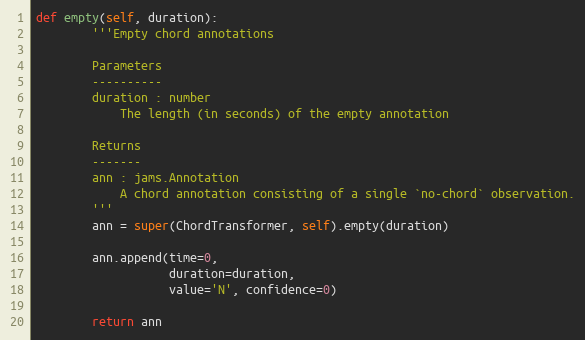
Language: Python
def empty(self, duration):
        '''Empty chord annotations

        Parameters
        ----------
        duration : number
            The length (in seconds) of the empty annotation

        Returns
        -------
        ann : jams.Annotation
            A chord annotation consisting of a single `no-chord` observation.
        '''
        ann = super(ChordTransformer, self).empty(duration)

        ann.append(time=0,
                   duration=duration,
                   value='N', confidence=0)

        return ann